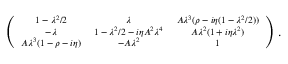
\scriptsize \left( { \begin{array} { c c c } { { 1 - \lambda ^ { 2 } / 2 } } & { { \lambda } } & { { A \lambda ^ { 3 } ( \rho - i \eta ( 1 - \lambda ^ { 2 } / 2 ) ) } } \\ { { - \lambda } } & { { 1 - \lambda ^ { 2 } / 2 - i \eta A ^ { 2 } \lambda ^ { 4 } } } & { { A \lambda ^ { 2 } ( 1 + i \eta \lambda ^ { 2 } ) } } \\ { { A \lambda ^ { 3 } ( 1 - \rho - i \eta ) } } & { { - A \lambda ^ { 2 } } } & { { 1 } } \end{array} } \right) .